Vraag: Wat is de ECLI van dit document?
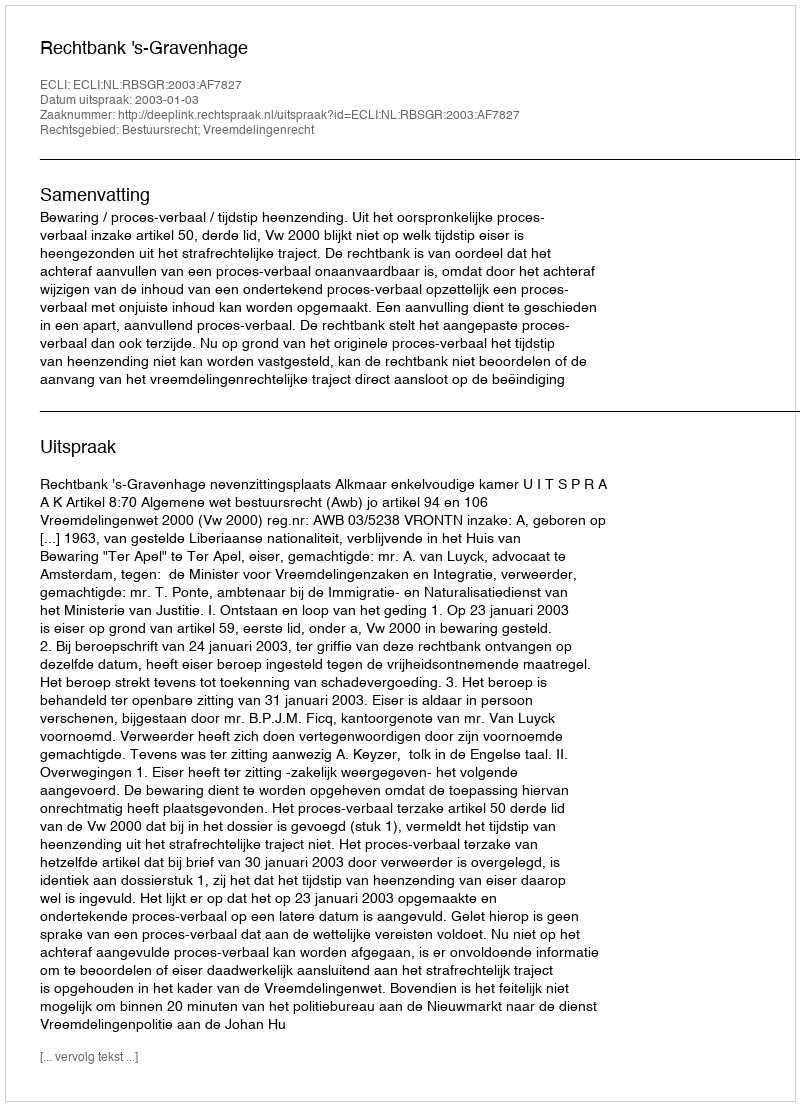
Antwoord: ECLI:NL:RBSGR:2003:AF7827